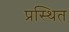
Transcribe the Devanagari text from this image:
प्रस्थित